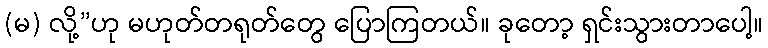
(မ) လို့”ဟု မဟုတ်တရုတ်တွေ ပြောကြတယ်။ ခုတော့ ရှင်းသွားတာပေါ့။